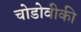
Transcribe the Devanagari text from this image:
चोडोवीकी